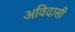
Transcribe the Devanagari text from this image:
अविदासी